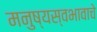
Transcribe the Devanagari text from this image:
मनुष्यस्वभावाचे